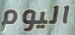
اليوم